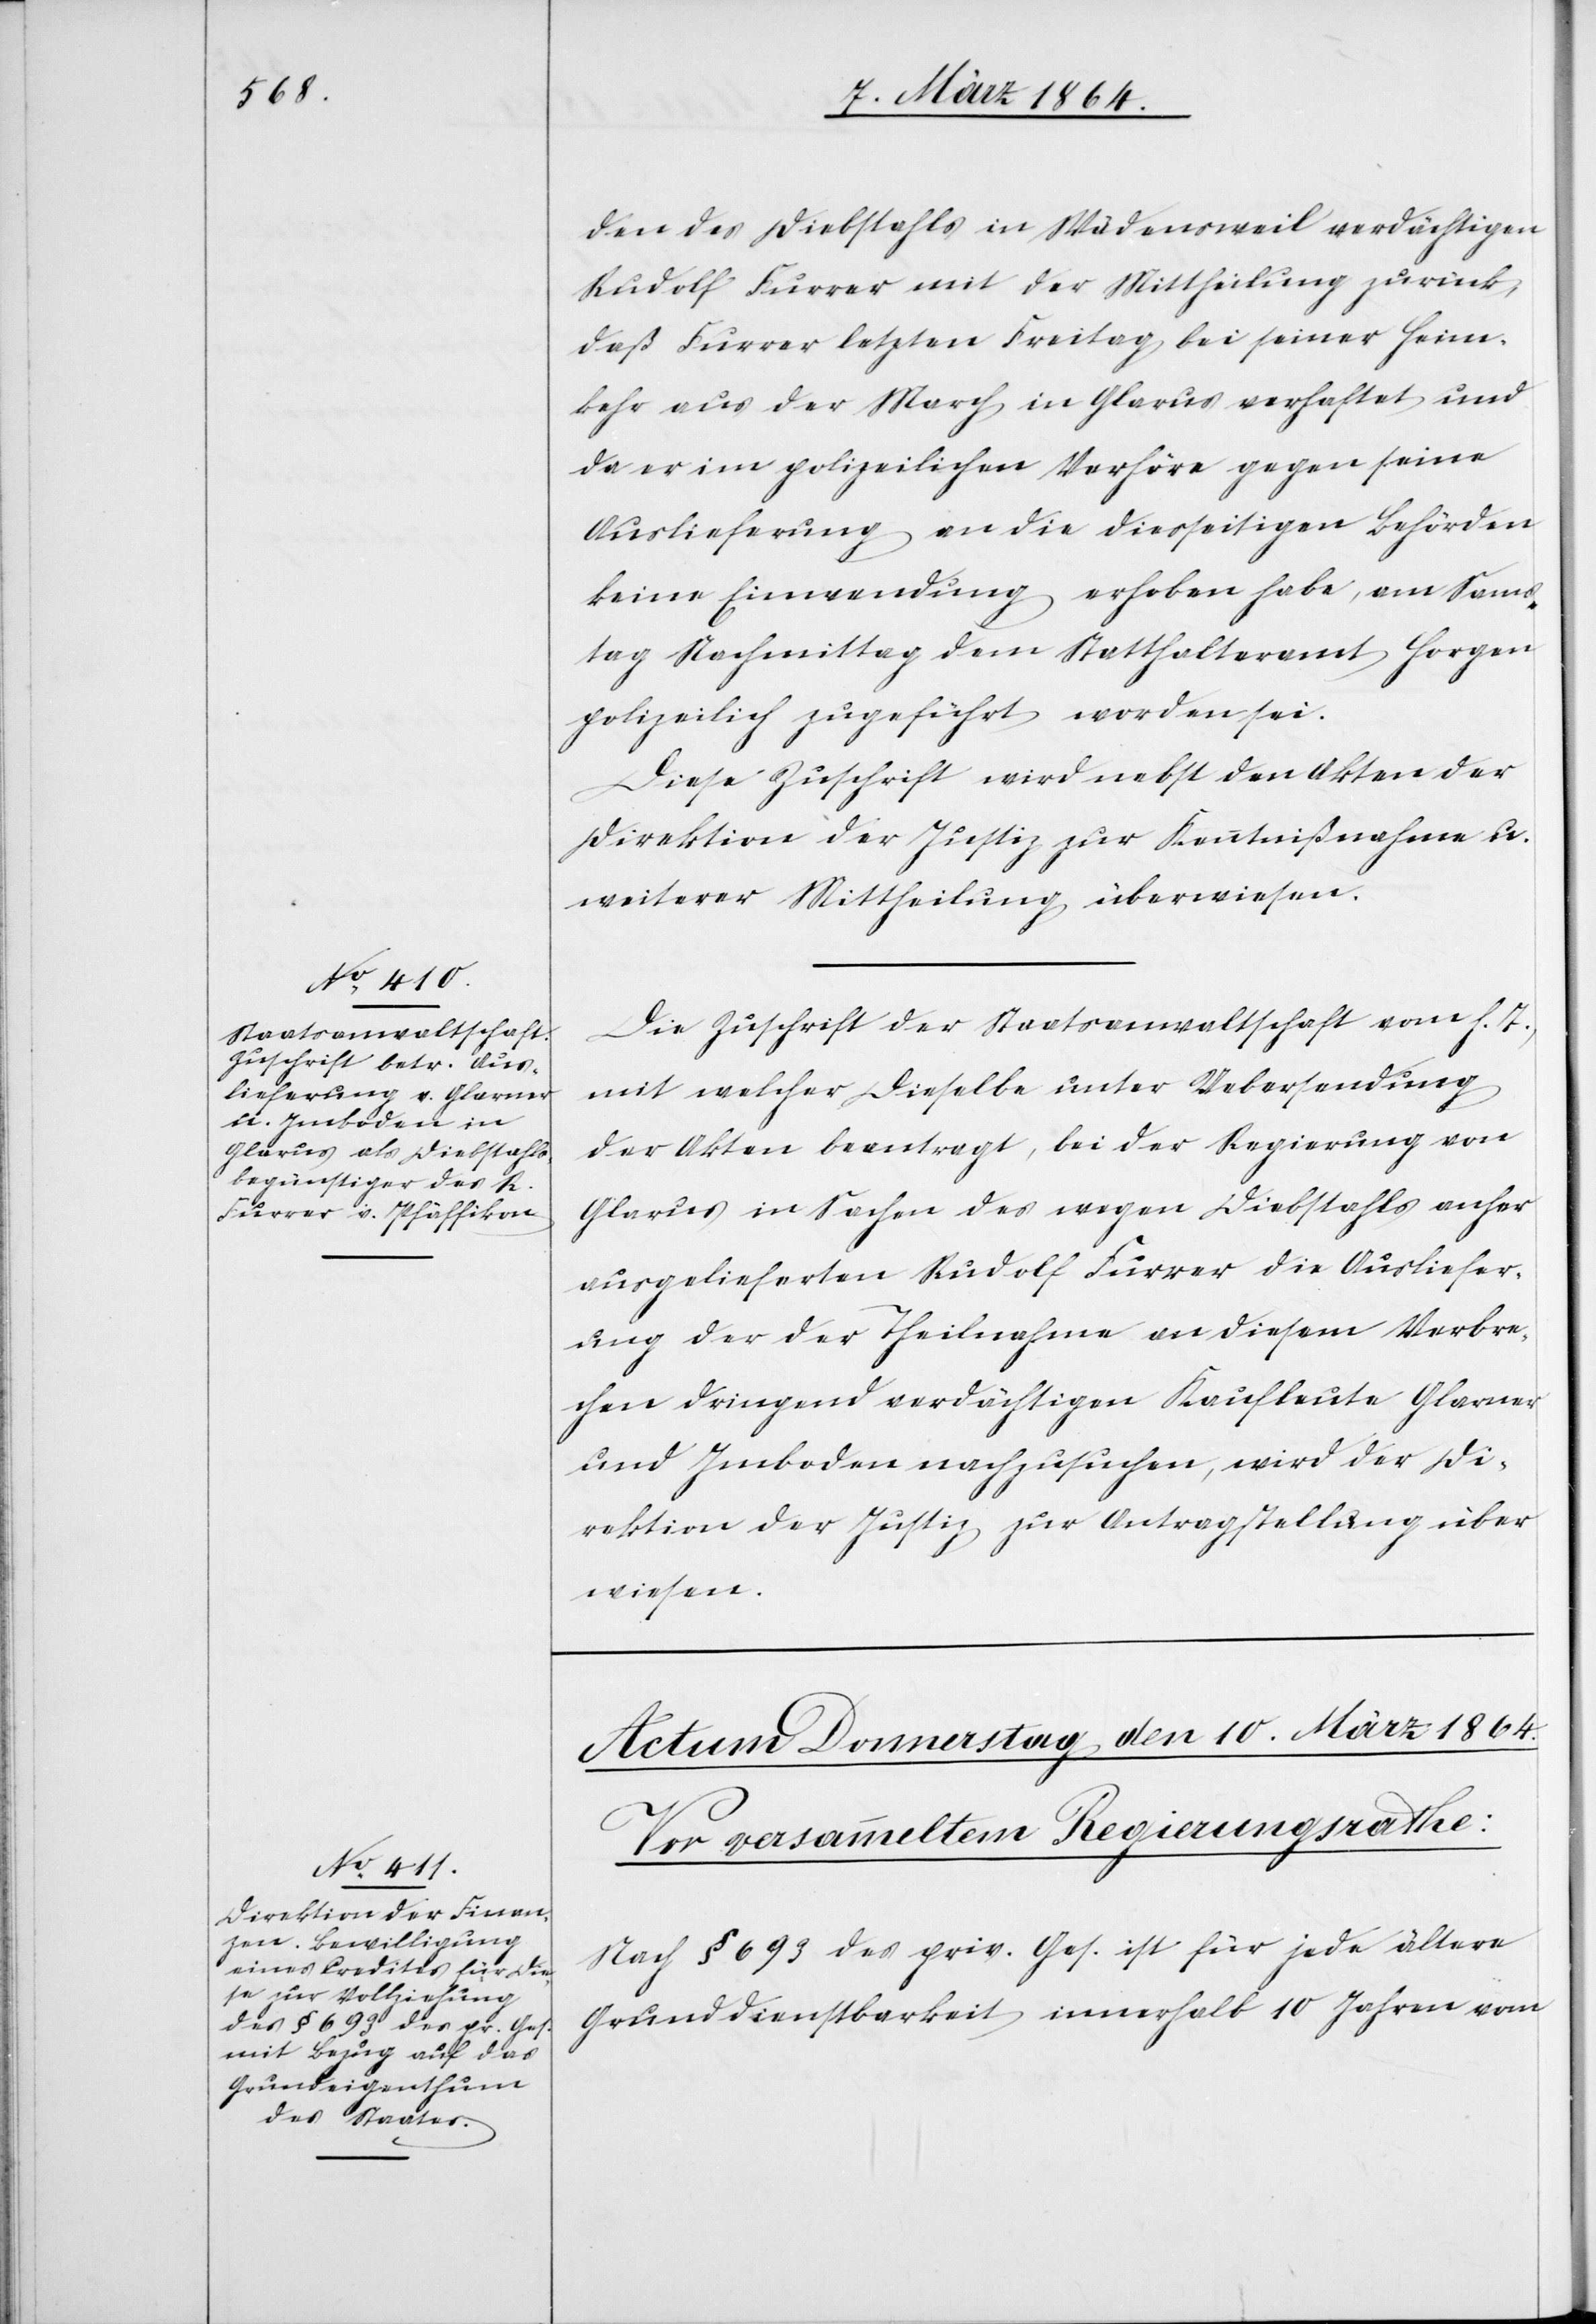
9. März 1864.]
den des Diebstahls in Wädensweil verdächtigen
Rudolf Furrer mit der Mittheilung zurück,
daß Furrer letzten Freitag bei seiner Heim¬
kehr aus der March in Glarus verhaftet und
da er im polizeilichen Verhöre gegen seine
Auslieferung an die diesseitigen Behörden
keine Einwendung erhoben habe, am Sams¬
tag Nachmittag dem Statthalteramt Horgen
polizeilich zugeführt worden sei.
Diese Zuschrift wird nebst den Akten der
Direktion der Justiz zur Kenntnißnahme u.
weiterer Mittheilung überwiesen.
Die Zuschrift der Staatsanwaltschaft vom h. T.,
weisen.
mit welcher dieselbe unter Uebersendung
der Akten beantragt, bei der Regierung von
Glarus in Sachen des wegen Diebstahls anher
ausgelieferten Rudolf Furrer die Ausliefer¬
ung der der Theilnahme an diesem Verbre¬
chen dringend verdächtigen Kaufleute Glarner
und Imboden nachzusuchen, wird der Di¬
rektion der Justiz zur Antragstellung über¬
Nach § 693 des priv. Ges. ist für jede ältere
Grunddienstbarkeit innerhalb 10 Jahren vom